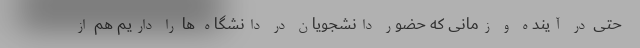
حتی در آینده و زمانی که حضور دانشجویان در دانشگاه ها را داریم هم از